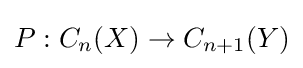
P:C_{n}(X)\rightarrow C_{n+1}(Y)